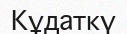
Кұдаткү